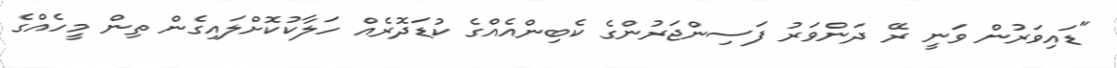
"ޑައިވަރުން ވަނީ ރޭ ދަންވަރު ފަސިންޖަރުންގެ ކެބިންއެއްގެ ކުޑަދޮރެއް ހަލާކުކޮށްލައިގެން ތިން މީހެއްގެ